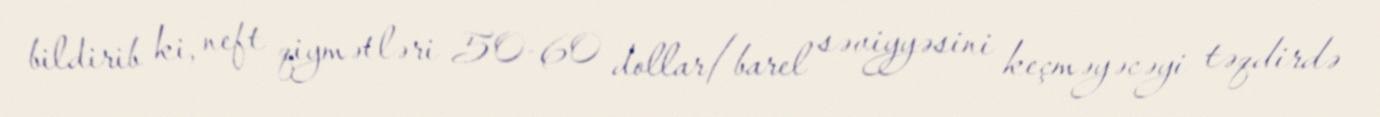
bildirib ki, neft qiymətləri 50-60 dollar/barel səviyyəsini keçməyəcəyi təqdirdə